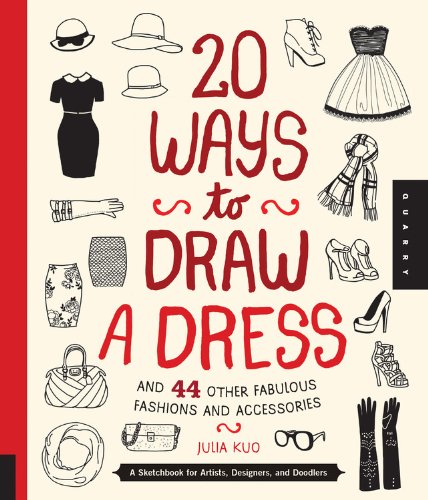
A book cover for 20 Ways to Draw a Dress and 44 Other Fabulous Fashions and Accessories: A Sketchbook for Artists, Designers, and Doodlers; Julia Kuo; Crafts, Hobbies & Home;